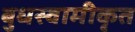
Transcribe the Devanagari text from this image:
बुधस्वामीकृत